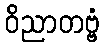
ဝိညာတဗ္ဗံ